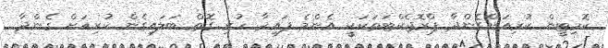
ކޮމިޓީން ކުރިއަށްގެންދާ ޕްރޮޖެކްޓަތަކަކީ އެންމެ ފައިދާ ހުރި ގޮތް ބަލައިގެން ކުރިއަށް ގެންދާ